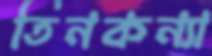
তিনকন্যা